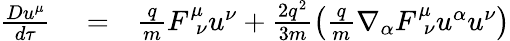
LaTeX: \begin{array}{rlr}{\frac{Du^{\mu}}{d\tau}}&{{}=}&{\frac{q}{m}F_{\ \ \nu}^{\mu}u^{\nu}+\frac{2q^{2}}{3m}\left(\frac{q}{m}\nabla_{\alpha}F_{\ \ \nu}^{\mu}u^{\alpha}u^{\nu}\right)}\end{array}